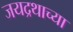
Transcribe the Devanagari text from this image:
जयद्रथाच्या